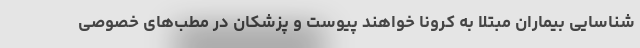
شناسایی بیماران مبتلا به کرونا خواهند پیوست و پزشکان در مطب‌های خصوصی